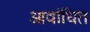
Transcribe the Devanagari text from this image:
आवांधित